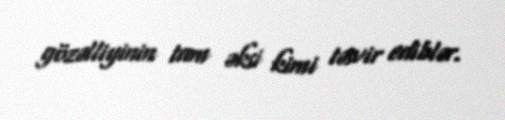
gözəlliyinin tam əksi kimi təsvir ediblər.